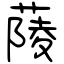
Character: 䔖